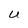
Character: U